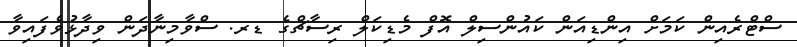
ސްޓްރެއިން ކަމަށް އިންޑިއަން ކައުންސިލް އޮފް މެޑިކަލް ރިސާޗްގެ ޑރ. ސްވާމިނާދަން ވިދާޅުވެފައިވާ